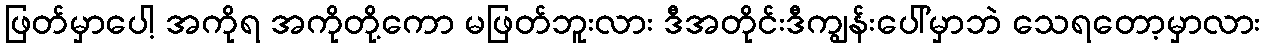
ဖြတ်မှာပေါ့ အကိုရ အကိုတို့ကော မဖြတ်ဘူးလား ဒီအတိုင်းဒီကျွန်းပေါ်မှာဘဲ သေရတော့မှာလား